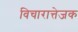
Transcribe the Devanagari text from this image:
विचारात्तेजक